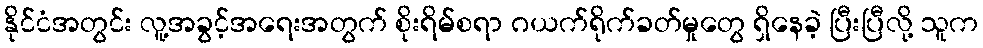
နိုင်ငံအတွင်း လူ့အခွင့်အရေးအတွက် စိုးရိမ်စရာ ဂယက်ရိုက်ခတ်မှုတွေ ရှိနေခဲ့ ပြီးပြီလို့ သူက